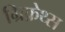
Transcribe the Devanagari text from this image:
ग्रिफ़ेथ्स